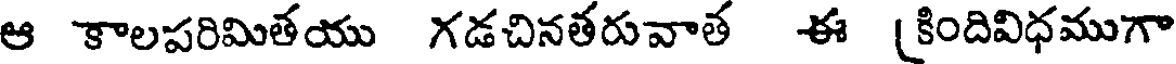
ఆ కాలపరిమితయు గడచినతరువాత ఈ (కిందివిధముగా